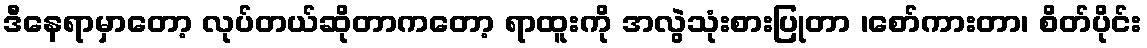
ဒီနေရာမှာတော့ လုပ်တယ်ဆိုတာကတော့ ရာထူးကို အလွဲသုံးစားပြုတာ ၊စော်ကားတာ၊ စိတ်ပိုင်း